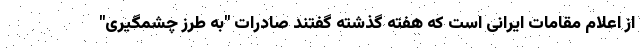
از اعلام مقامات ایرانی است که هفته گذشته گفتند صادرات "به طرز چشمگیری"